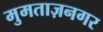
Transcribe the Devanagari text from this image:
मुमताज़नगर